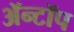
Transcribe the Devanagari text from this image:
ॲन्टॉप